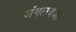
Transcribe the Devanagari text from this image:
जंगलवजा